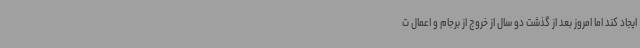
ایجاد کند اما امروز بعد از گذشت دو سال از خروج از برجام و اعمال ت